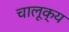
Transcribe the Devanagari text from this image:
चालूक्य